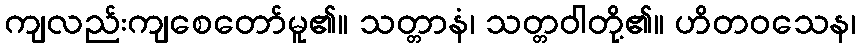
ကျလည်းကျစေတော်မူ၏။ သတ္တာနံ၊ သတ္တဝါတို့၏။ ဟိတဝသေန၊